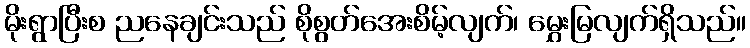
မိုးရွာပြီးစ ညနေချင်းသည် စိုစွတ်အေးစိမ့်လျက်၊ မွှေးမြလျက်ရှိသည်။